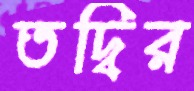
তদ্বির